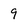
Character: 9